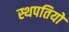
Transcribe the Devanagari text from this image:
स्थपतियों